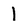
Character: 1